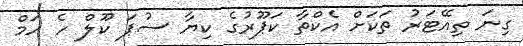
ގިނަ ތިއޭޓަރު ތަކަށް އެކްތާ ކަޕޫރުގެ ކިޔާ ސުޕަ ކޫލް ހެ ހަމް